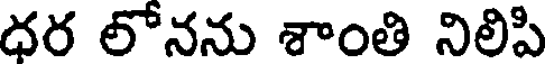
ధర లోనను శాంతి నిలిపి